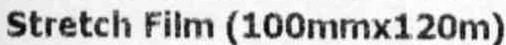
STRETCH FILM (100MMX120M)